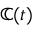
\mathbb { C } ( t )